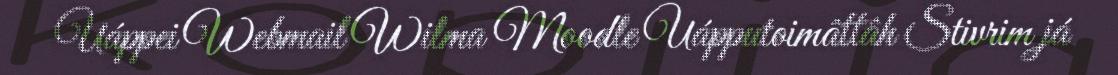
Uáppei Webmail Wilma Moodle Uápputoimâttâh Stivrim já